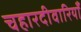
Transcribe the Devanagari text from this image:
चहारदीवारियाँ